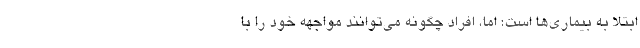
ابتلا به بیماری‌ها است؛ اما، افراد چگونه می‌توانند مواجهه خود را با